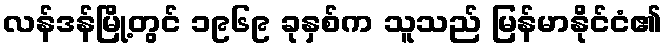
လန်ဒန်မြို့တွင် ၁၉၆၉ ခုနှစ်က သူသည် မြန်မာနိုင်ငံ၏